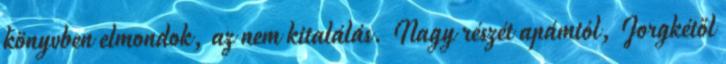
könyvben elmondok, az nem kitalálás. Nagy részét apámtól, Jorgkétől